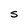
Character: S